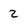
Character: 2